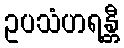
ဥပသံဟရန္တီ